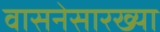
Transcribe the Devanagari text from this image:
वासनेसारख्या